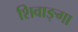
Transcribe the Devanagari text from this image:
शिवाङ्गा